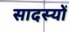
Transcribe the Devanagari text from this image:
सादस्यों